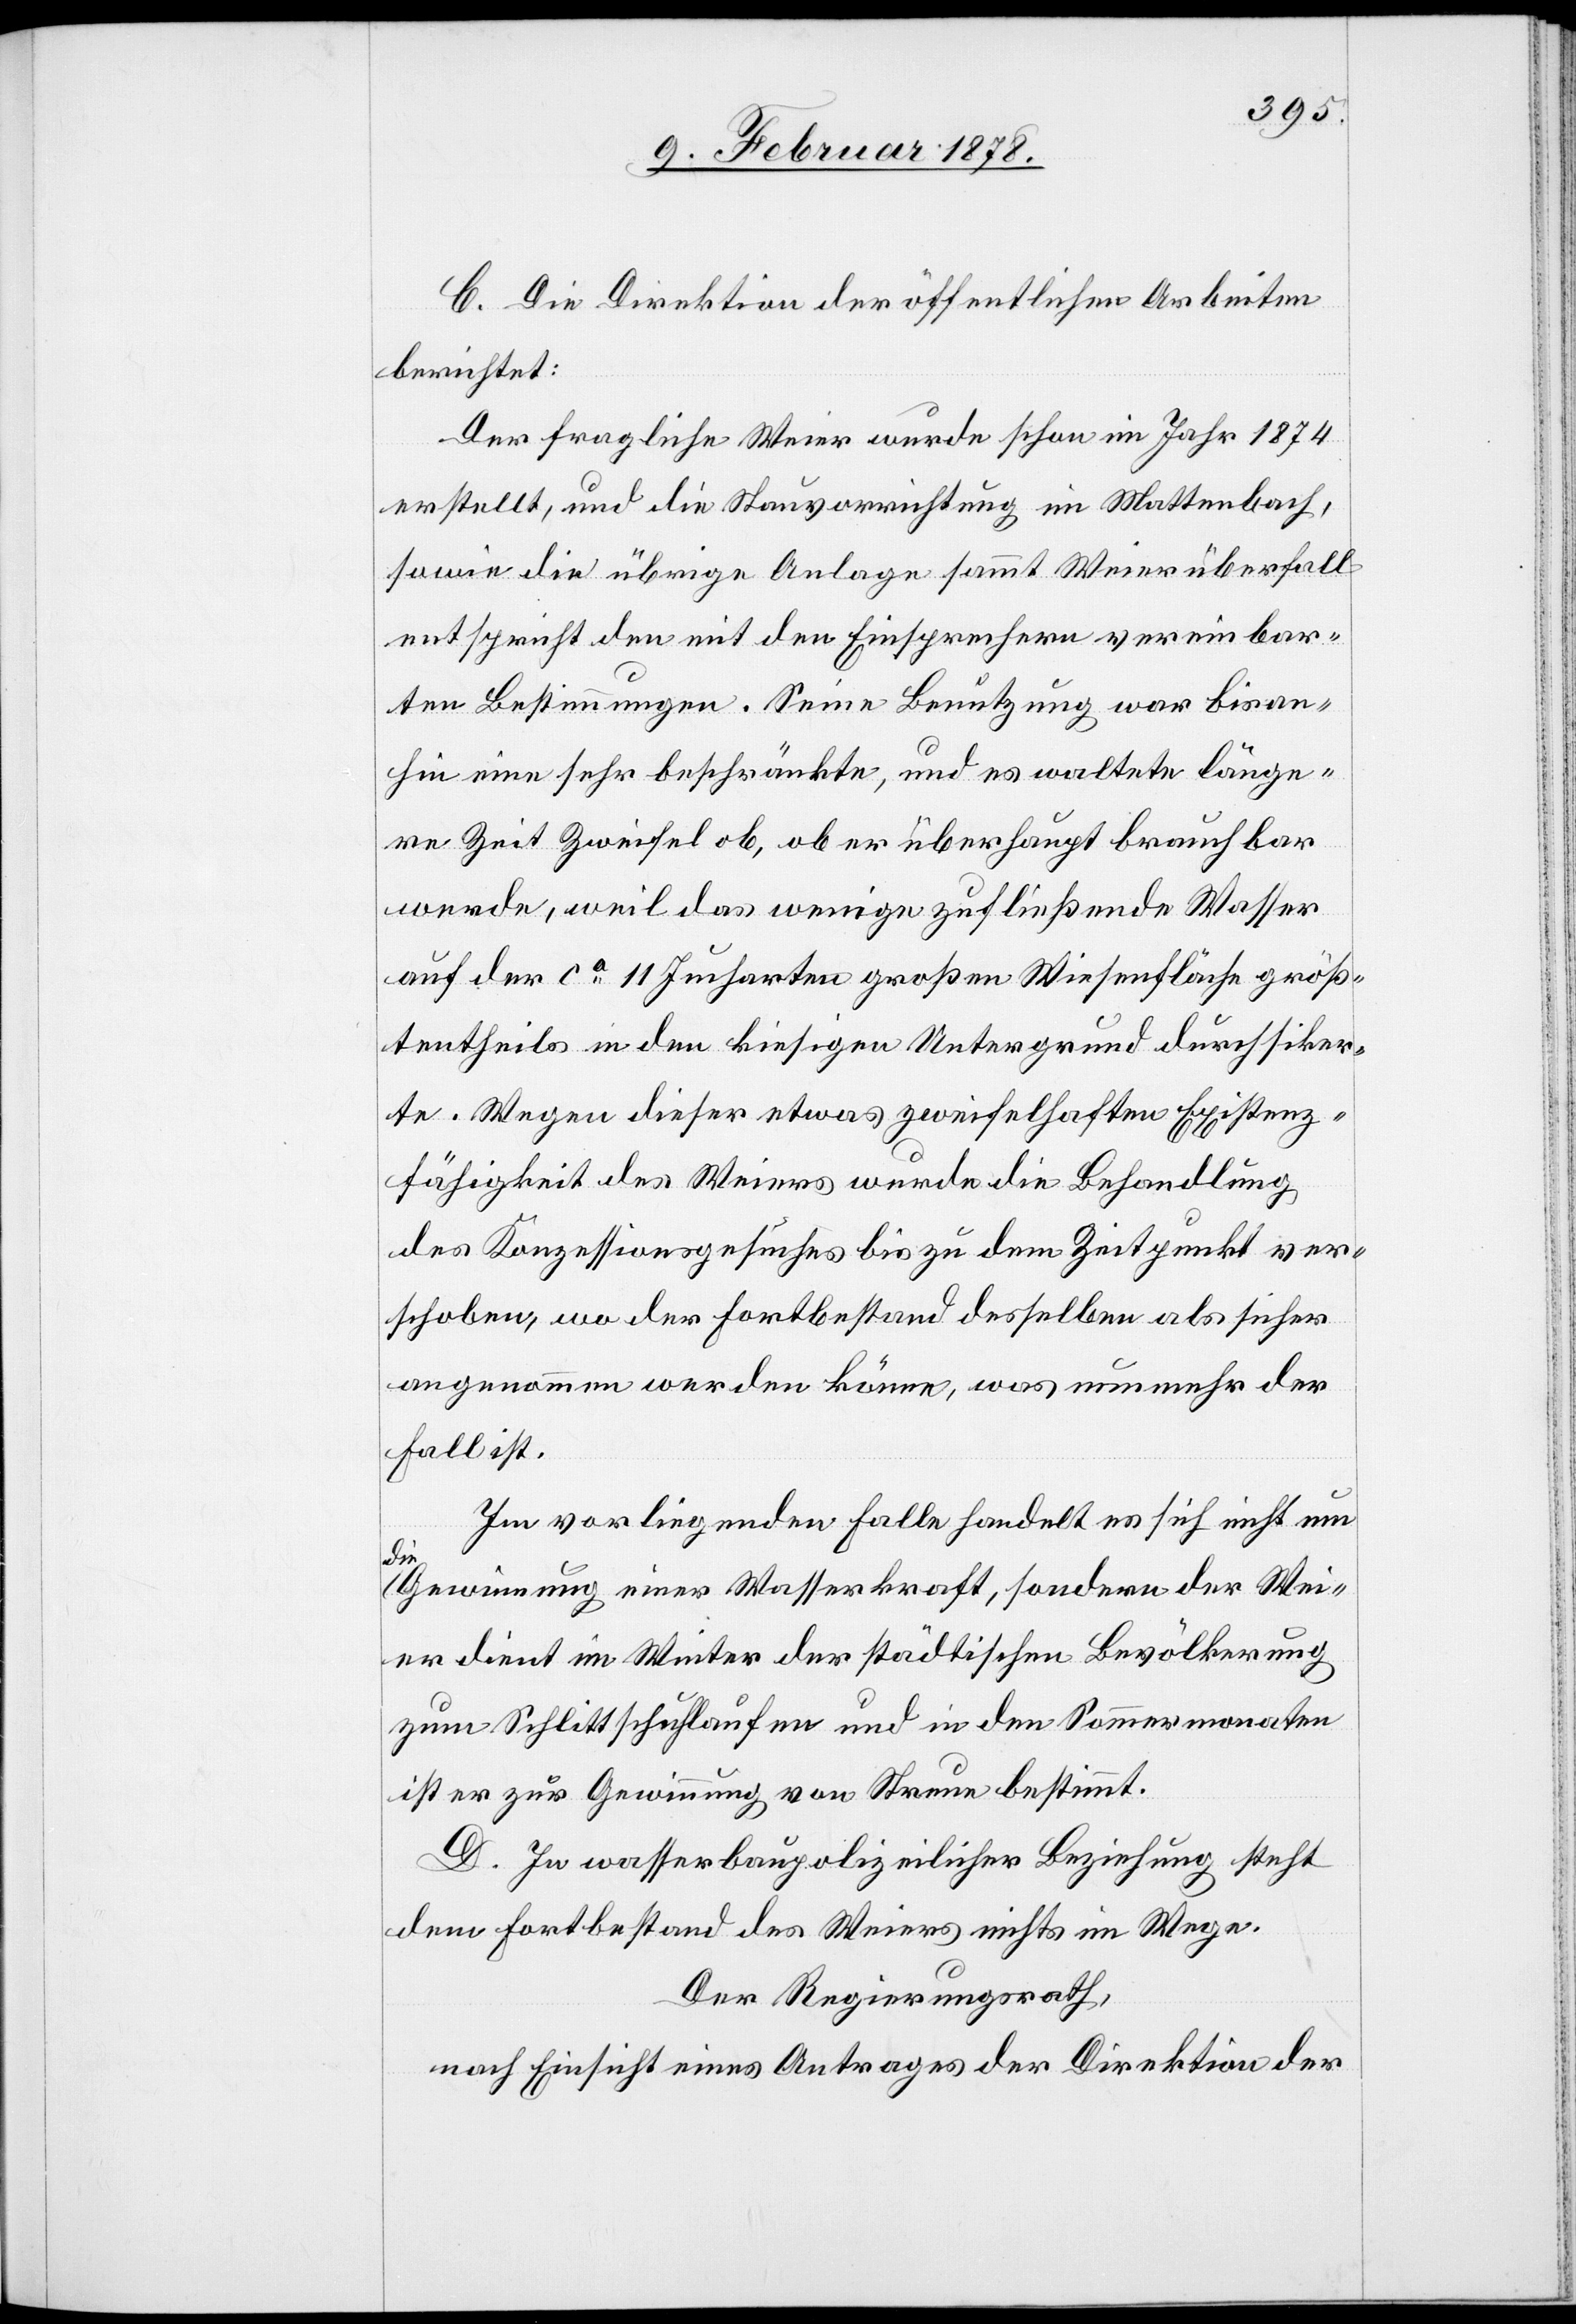
C. Die Direktion der öffentlichen Arbeiten
berichtet:
Der fragliche Weier wurde schon im Jahr 1874
erstellt, und die Neuvorrichtung im Wattenbach,
sowie die übrige Anlage sammt Weierüberfall
entspricht den mit den Einsprechern vereinbar¬
ten Bestimmungen. Seine Benutzung war bisan¬
hin eine sehr beschränkte, und es waltete länge¬
re Zeit Zweifel ob, ob er überhaupt brauchbar
werde, weil das wenige zufließende Wasser
auf der ca. 11 Jucharten großen Wiesenfläche größ¬
tentheils in den hiesigen Untergrund durchsiker¬
te. Wegen dieser etwas zweifelhaften Existenz¬
fähigkeit des Weiers wurde die Behandlung
des Konzessionsgesuches bis zu dem Zeitpunkt ver¬
schoben, wo der Fortbestand desselben als sicher
angenommen werden könne, was nunmehr der
Fall ist.
Im vorliegenden Falle handelt es sich nicht um
die
Gewinnung einer Wasserkraft, sondern der Wei¬
er dient im Winter der städtischen Bevölkerung
zum Schlittschuhlaufen und in den Sommermonaten
ist er zur Gewinnung von Streue bestimmt.
D. In wasserbaupolizeilicher Beziehung steht
dem Fortbestand des Weiers nichts im Wege.
Der Regierungsrath,
nach Einsicht eines Antrages der Direktion der